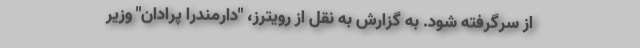
از سرگرفته شود. به گزارش به نقل از رویترز، "دارمندرا پرادان" وزیر